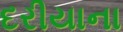
દરીયાના